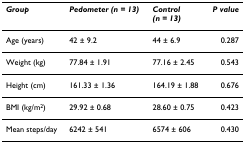
<table><thead><tr><td><b><i>Group</i></b></td><td><b><i>Pedometer (n = 13)</i></b></td><td><b><i>Control</i><i>(n = 13)</i></b></td><td><b><i>P value</i></b></td></tr></thead><tbody><tr><td>Age (years)</td><td>42 ± 9.2</td><td>44 ± 6.9</td><td>0.287</td></tr><tr><td>Weight (kg)</td><td>77.84 ± 1.91</td><td>77.16 ± 2.45</td><td>0.543</td></tr><tr><td>Height (cm)</td><td>161.33 ± 1.36</td><td>164.19 ± 1.88</td><td>0.676</td></tr><tr><td>BMI (kg/m<sup>2</sup>)</td><td>29.92 ± 0.68</td><td>28.60 ± 0.75</td><td>0.423</td></tr><tr><td>Mean steps/day</td><td>6242 ± 541</td><td>6574 ± 606</td><td>0.430</td></tr></tbody></table>